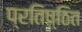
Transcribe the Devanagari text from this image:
प्रतिष्ठित